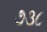
૭૩૮